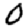
Digit: 0